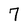
Character: 7